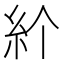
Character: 𥾓